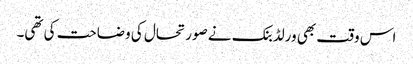
اس وقت بھی ورلڈبنک نے صورتحال کی وضاحت کی تھی۔